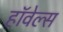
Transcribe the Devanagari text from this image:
हॉवेल्स